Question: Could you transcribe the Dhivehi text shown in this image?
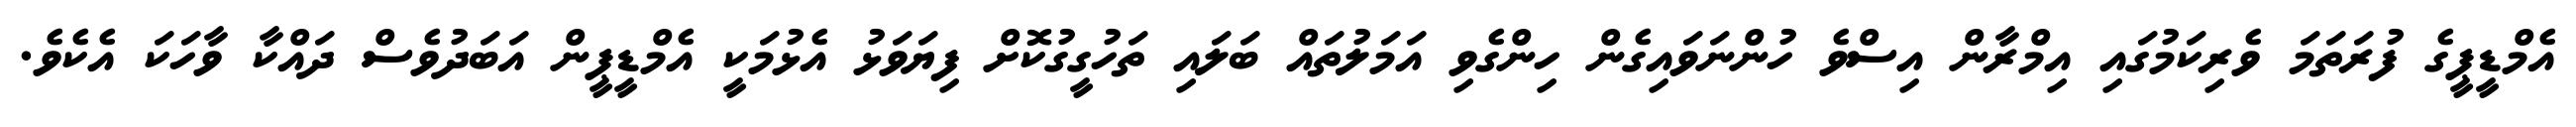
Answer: އެމްޑީޕީގެ ފުރަތަމަ ވެރިކަމުގައި އިމްރާން އިސްވެ ހުންނަވައިގެން ހިންގެވި އަމަލުތައް ބަލައި ތަހުގީގުކޮށް ފިޔަވަޅު އެޅުމަކީ އެމްޑީޕީން އަބަދުވެސް ދައްކާ ވާހަކަ އެކެވެ.